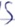
Text: S